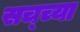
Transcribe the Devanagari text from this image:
सच्च्या